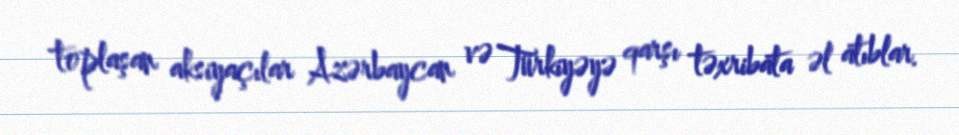
toplaşan aksiyaçılar Azərbaycan və Türkiyəyə qarşı təxribata əl atıblar.